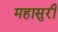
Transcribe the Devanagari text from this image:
महासुरी